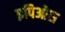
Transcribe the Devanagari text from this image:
इपिओस